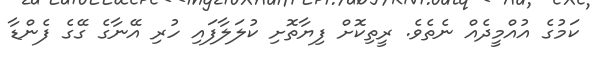
ކަމުގެ އުއްމީދެއް ނެތެވެ. ރީތިކޮށް ފިޔާތޮށި ކުލަލާފައި ހުރި އޭނާގެ ގޭގެ ފެންޑާ